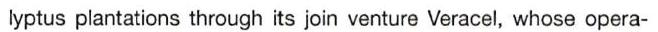
lyptus plantations through its join venture Veracel, whose opera-